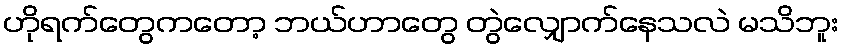
ဟိုရက်တွေကတော့ ဘယ်ဟာတွေ တွဲလျှောက်နေသလဲ မသိဘူး